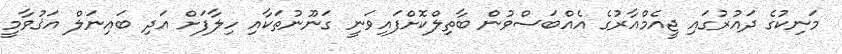
މަނިކުގެ ދައުރުގައި ޖީއެމްއާރުގެ އެއްބަސްވުން ބާތިލްކޮށްފައިވަނީ ގަނޫނުތަކާއި ހިލާފަށް އަދި ބައިނަލް އަޤުވާމީ